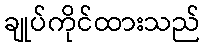
ချုပ်ကိုင်ထားသည်